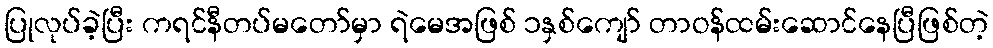
ပြုလုပ်ခဲ့ပြီး ကရင်နီတပ်မတော်မှာ ရဲမေအဖြစ် ၁နှစ်ကျော် တာဝန်ထမ်းဆောင်နေပြီဖြစ်တဲ့